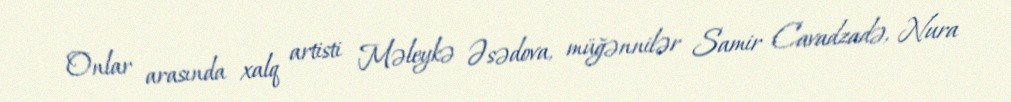
Onlar arasında xalq artisti Məleykə Əsədova, müğənnilər Samir Cavadzadə, Nura